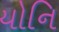
યોનિ